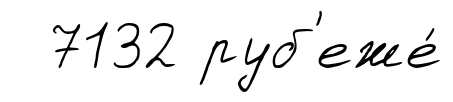
7132 руб'еже́